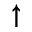
\uparrow